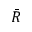
\bar { R }